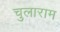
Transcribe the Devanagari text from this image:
चुलाराम